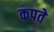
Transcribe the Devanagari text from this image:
कपते